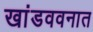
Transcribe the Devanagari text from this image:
खांडववनात